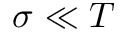
\sigma \ll T